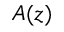
A ( z )